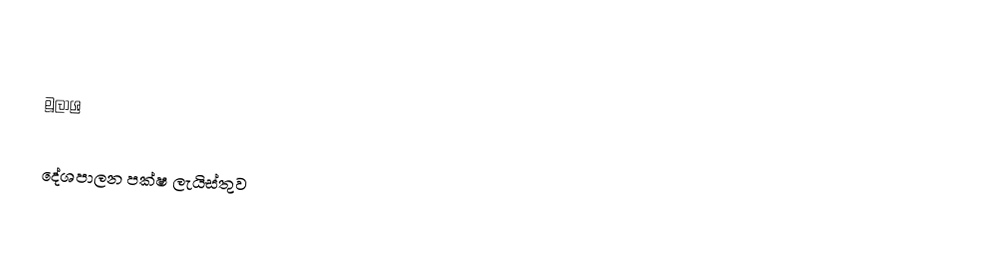

මූලාශ්‍ර

දේශපාලන පක්ෂ ලැයිස්තුව